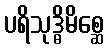
ပရိသုဒ္ဓိမိစ္ဆေ